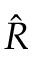
\Hat { R }